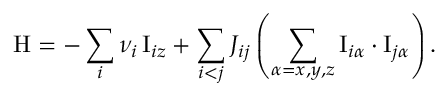
\mathrm { H } = - \sum _ { i } \nu _ { i } \, \mathrm { I } _ { i z } + \sum _ { i < j } J _ { i j } \left( \sum _ { \alpha = x , y , z } \mathrm { I } _ { i \alpha } \cdot \mathrm { I } _ { j \alpha } \right) .